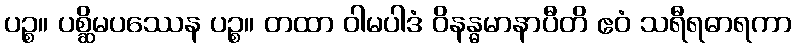
ပဉ္စ။ ပစ္ဆိမပဿေန ပဉ္စ။ တထာ ဝါမပါဒံ ဝိနန္ဓမာနာပီတိ ဧဝံ သရီရဓာရကာ